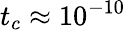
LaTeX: t_{c}\approx 10^{-10}